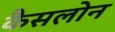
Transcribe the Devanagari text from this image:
कैसलोन